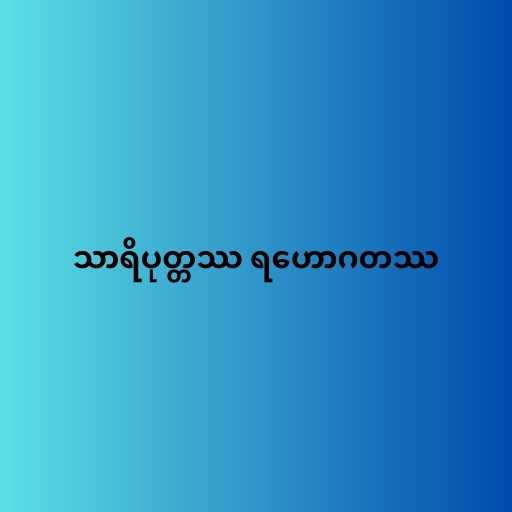
သာရိပုတ္တဿ ရဟောဂတဿ